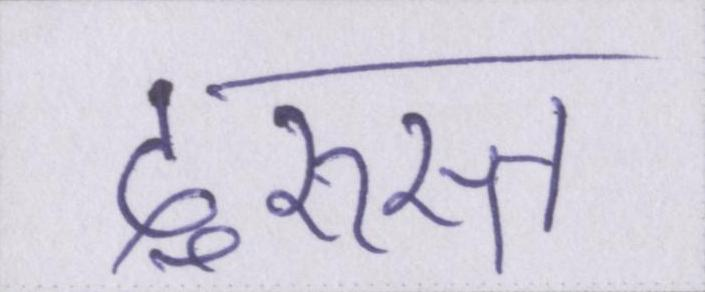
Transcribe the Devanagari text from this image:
दुरुस्त